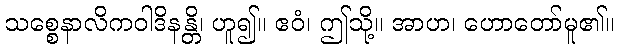
သစ္စေနာလိကဝါဒိနန္တိ၊ ဟူ၍။ ဧဝံ၊ ဤသို့။ အာဟ၊ ဟောတော်မူ၏။